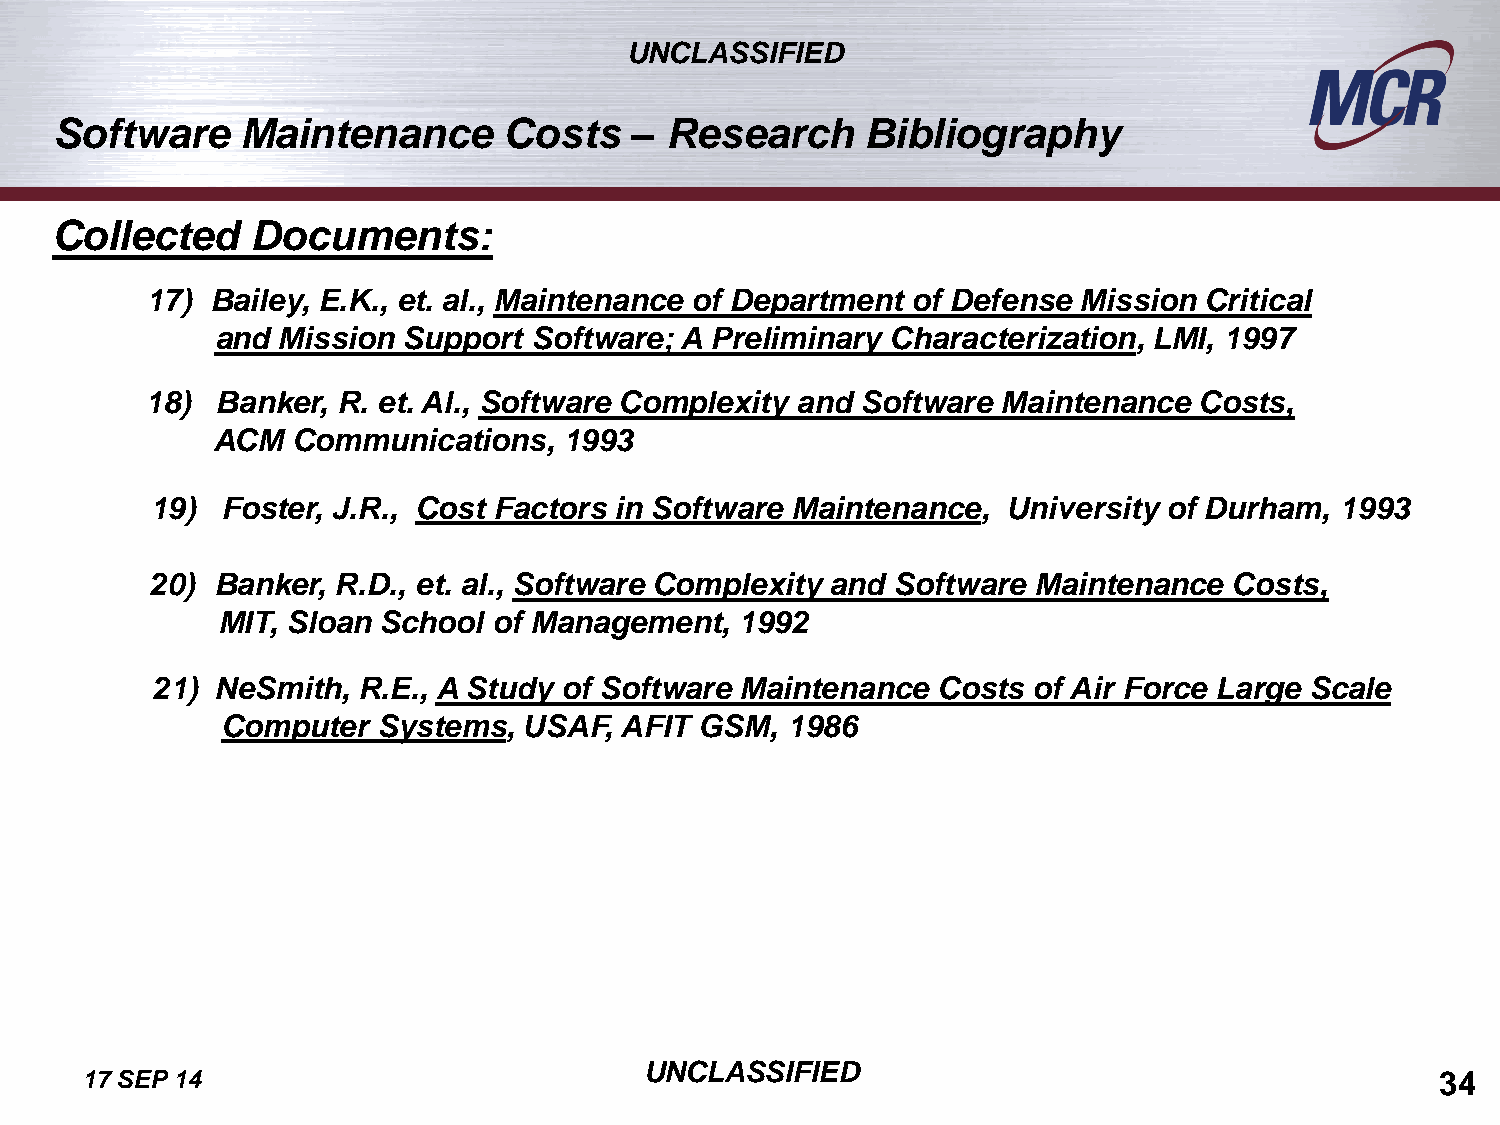
UNCLASSIFIED
 Software    Maintenance      Costs    – Research     Bibliography
 Collected     Documents:
 17) Bailey, E.K., et. al., Maintenance of Department of Defense Mission Critical
 and Mission  Support Software; A Preliminary Characterization, LMI, 1997
 18) Banker, R. et. Al., Software Complexity and Software Maintenance Costs,
 ACM  Communications,   1993
 19)  Foster, J.R., Cost Factors in Software Maintenance, University of Durham, 1993
 20) Banker, R.D., et. al., Software Complexity and Software Maintenance Costs,
 MIT, Sloan School  of Management,  1992
 21) NeSmith,  R.E., A Study of Software Maintenance Costs of Air Force Large Scale
 Computer  Systems,  USAF, AFIT GSM,  1986
 UNCLASSIFIED
 17 SEP 14                                                                                 34